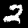
Label: 2